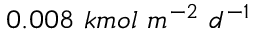
0 . 0 0 8 \ k m o l \ m ^ { - 2 } \ d ^ { - 1 }